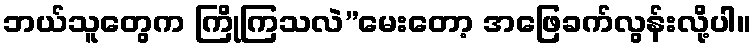
ဘယ်သူတွေက ကြိုကြသလဲ”မေးတော့ အဖြေခက်လွန်းလို့ပါ။